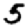
Digit: 5